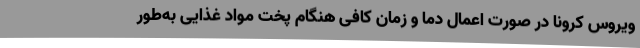
ویروس کرونا در صورت اعمال دما و زمان کافی هنگام پخت مواد غذایی به‌طور